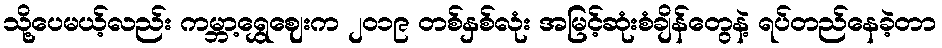
သို့ပေမယ့်လည်း ကမ္ဘာ့ရွှေဈေးက ၂၀၁၉ တစ်နှစ်လုံး အမြင့်ဆုံးစံချိန်တွေနဲ့ ရပ်တည်နေခဲ့တာ